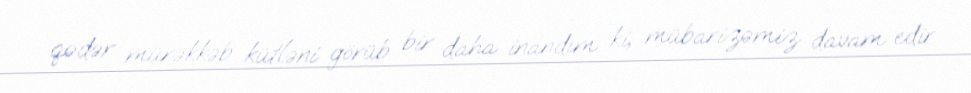
qədər mürəkkəb kütləni görüb bir daha inandım ki, mübarizəmiz davam edir.